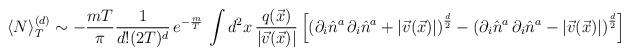
LaTeX: \begin{align*}\langle N\rangle_T^{(d)}\sim -\frac{mT}{\pi} \frac{1}{d! (2T)^d}\,e^{-\frac{m}{T}}\,\int d^2 x\,\frac{q(\vec{x})}{|\vec{v}(\vec{x})|}\left[\left(\partial_{i} \hat{n}^a \,\partial_{i} \hat{n}^a+|\vec{v}(\vec{x})|\right)^{\frac{d}{2}}-\left(\partial_{i}\hat{n}^a \, \partial_{i}\hat{n}^a-|\vec{v}(\vec{x})|\right)^{\frac{d}{2}}\right]\end{align*}